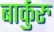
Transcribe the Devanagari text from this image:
बार्कुरु